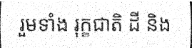
រួមទាំង រុក្ខជាតិ ដី និង